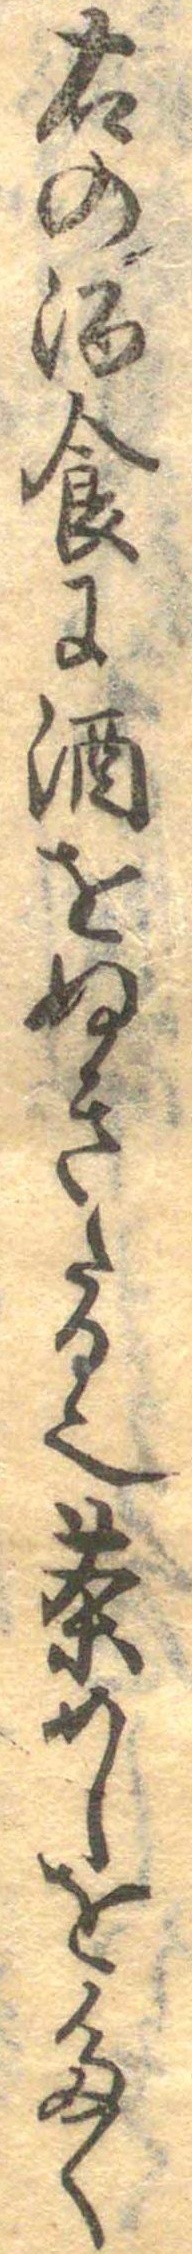
右の酒食に酒をぬきたる也茶めしを多く